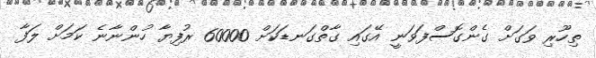
ތިހޫރި ވަގަށް ގެންގޮސްފަވަނީ އޭގައި ގާތްގަނޑަކަށް 60000 ރުފިޔާ ހުންނާނެ ކަމަށް ލަފާ